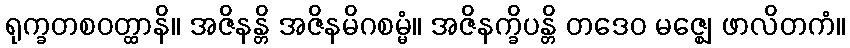
ရုက္ခတစဝတ္ထာနိ။ အဇိနန္တိ အဇိနမိဂစမ္မံ။ အဇိနက္ခိပန္တိ တဒေဝ မဇ္ဈေ ဖာလိတကံ။